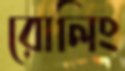
রোলিং